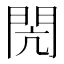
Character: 閌